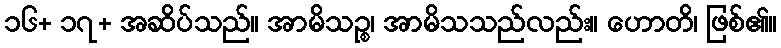
၁၆+ ၁၇+ အဆိပ်သည်။ အာမိသဉ္စ၊ အာမိသသည်လည်း။ ဟောတိ၊ ဖြစ်၏။